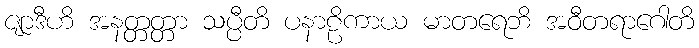
ဇျာဒီဟိ အနတ္တတ္တာ သပ္ပီတိ ပနာဠိကာယ မာတရေဘိ အဝီတရာဂေါတိ